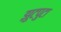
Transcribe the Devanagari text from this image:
झुटपुटा